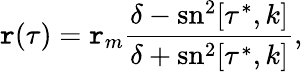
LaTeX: \mathtt{r}(\tau)=\mathtt{r}_{m}\frac{{\delta-\mathrm{{sn}}^{2}[\tau^{*},k]}}{{\delta+\mathrm{{sn}}^{2}[\tau^{*},k]}},